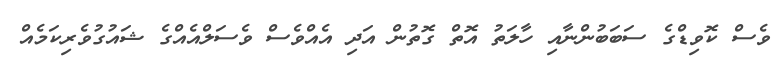
ވެސް ކޮވިޑްގެ ސަބަބުންނާއި ހާލަތު އޮތް ގޮތުން އަދި އެއްވެސް ވެސަލްއެއްގެ ޝައުގުވެރިކަމެއް